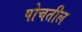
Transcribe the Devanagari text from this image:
पोचतील